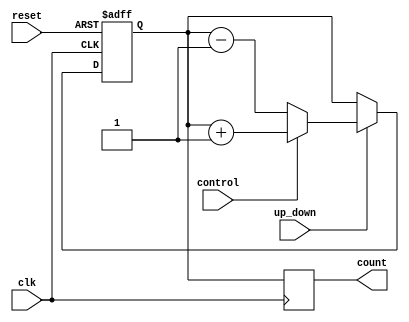
module UpDownCounter (
    input wire clk,
    input wire reset,
    input wire control,
    input wire up_down,
    output reg [7:0] count
);

reg [7:0] state_next;
reg [7:0] state_reg;

always @(posedge clk or posedge reset) begin
    if (reset) begin
        state_reg <= 8'b00000000; // Initialize to specific value
    end else begin
        state_reg <= state_next; // Update state
    end
end

always @* begin
    if (up_down) begin
        if (control) begin
            state_next = state_reg + 1; // Increment count value
        end else begin
            state_next = state_reg - 1; // Decrement count value
        end
    end else begin
        state_next = state_reg; // Hold current count value
    end
end

always @(posedge clk) begin
    count <= state_reg; // Output count value
end

endmodule